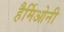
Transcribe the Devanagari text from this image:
हैर्मिओनी